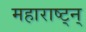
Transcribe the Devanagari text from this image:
महाराष्ट्न्